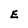
Character: E